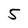
Character: 5